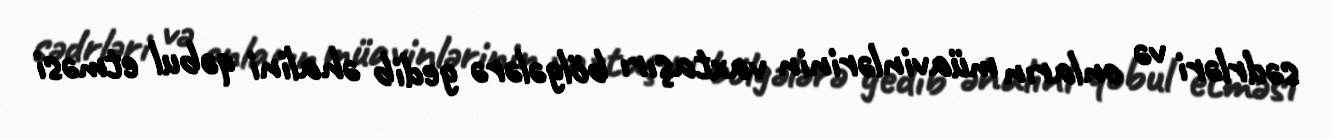
sədrləri və onların müavinlərinin vaxtaşırı bölgələrə gedib əhalini qəbul etməsi